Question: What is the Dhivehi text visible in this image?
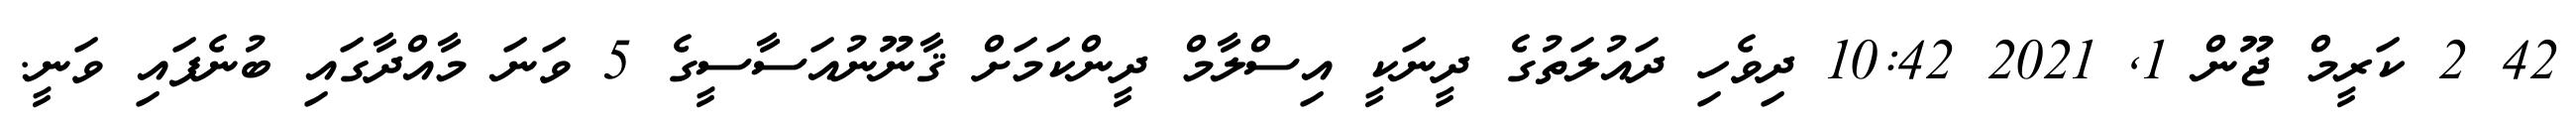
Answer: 42 2 ކަރީމް ޖޫން 1, 2021 10:42 ދިވެހި ދައުލަތުގެ ދީނަކީ އިސްލާމް ދީންކަމަށް ޤާނޫނުއަސާސީގެ 5 ވަނަ މާއްދާގައި ބުނެފައި ވަނީ.